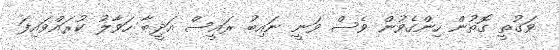
ވަގުތީ ގޮތުން ހިންގެވުން ވެސް ވަނީ ނައިބު ރައީސް އަދީބާ ހަވާލު ކުރައްވައިފަ